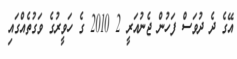
އޭގެ ދެ ދުވަސް ފަހުން ޖެނުއަރީ 2 2010 ގެ ހަވީރުގެ ވަގުތެއްގައި